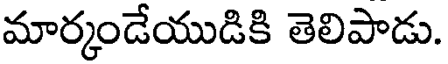
మార్కండేయుడికి తెలిపాడు.